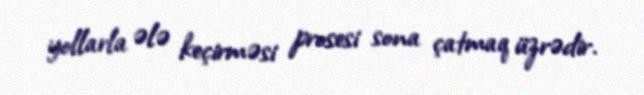
yollarla ələ keçirməsi prosesi sona çatmaq üzrədir.